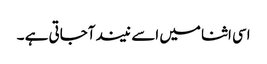
اسی اثنا میں اسے نیند آجاتی ہے ۔